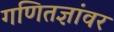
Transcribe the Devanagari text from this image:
गणितज्ञांवर